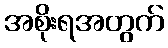
အစိုးရအတွက်